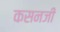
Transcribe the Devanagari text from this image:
कसनजी